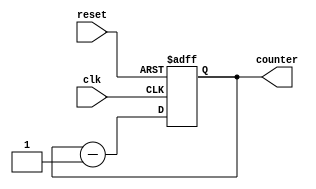
`timescale 1ns / 1ps
//////////////////////////////////////////////////////////////////////////////////
// Company: 
// Engineer: 
// 
// Design Name: 
// Module Name:    DOWNCOUNTER 
// Project Name: 
// Target Devices: 
// Tool versions: 
// Description: 
//
// Dependencies: 
//
// Revision: 
// Revision 0.01 - File Created
// Additional Comments: 
//
//////////////////////////////////////////////////////////////////////////////////
module DOWNCOUNTER(
input clk, reset,
output [3:0] counter
    );
reg [3:0] counter_down;

always @(posedge clk or posedge reset)
begin
if(reset)
 counter_down <= 4'hf;
else
 counter_down <= counter_down - 4'd1;
end 
assign counter = counter_down;
endmodule